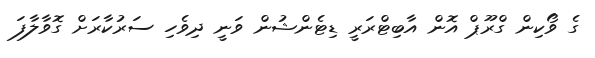
ގެ ވޯކިން ގްރޫޕް އޮން އާބިޓްރަރީ ޑިޓެންޝުން ވަނީ ދިވެހި ސަރުކާރަށް ގޮވާލާފަ